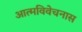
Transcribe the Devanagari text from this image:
आत्मविवेचनास